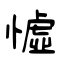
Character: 憈